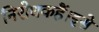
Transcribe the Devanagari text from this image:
निरोधकहैं।इसे